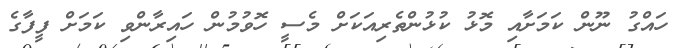
ހައްގު ނޫން ކަމަށާއި މޮޅު ކުޅުންތެރިއަކަށް މެސީ ހޮވުމުން ހައިރާންވި ކަމަށް ފީފާގެ